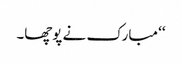
‘‘ مبارک نے پوچھا۔